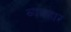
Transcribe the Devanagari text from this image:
व्यवहार